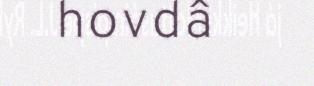
hovdâ